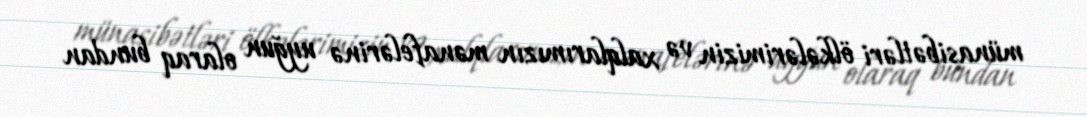
münasibətləri ölkələrimizin və xalqlarımızın mənafelərinə uyğun olaraq bundan